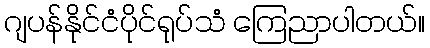
ဂျပန်နိုင်ငံပိုင်ရုပ်သံ ကြေညာပါတယ်။